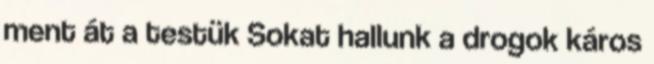
ment át a testük Sokat hallunk a drogok káros